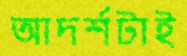
আদর্শটাই